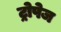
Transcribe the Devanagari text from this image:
ट्रोपेज